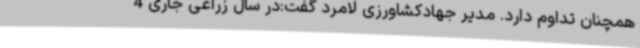
همچنان تداوم دارد. مدیر جهادکشاورزی لامرد گفت:در سال زراعی جاری 4